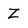
Character: Z